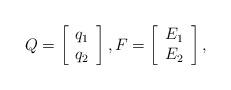
LaTeX: \begin{align*}Q=\left[\begin{array}[c]{c}q_{1}\\q_{2}\end{array}\right] ,F=\left[\begin{array}[c]{c}E_{1}\\E_{2}\end{array}\right] , \end{align*}